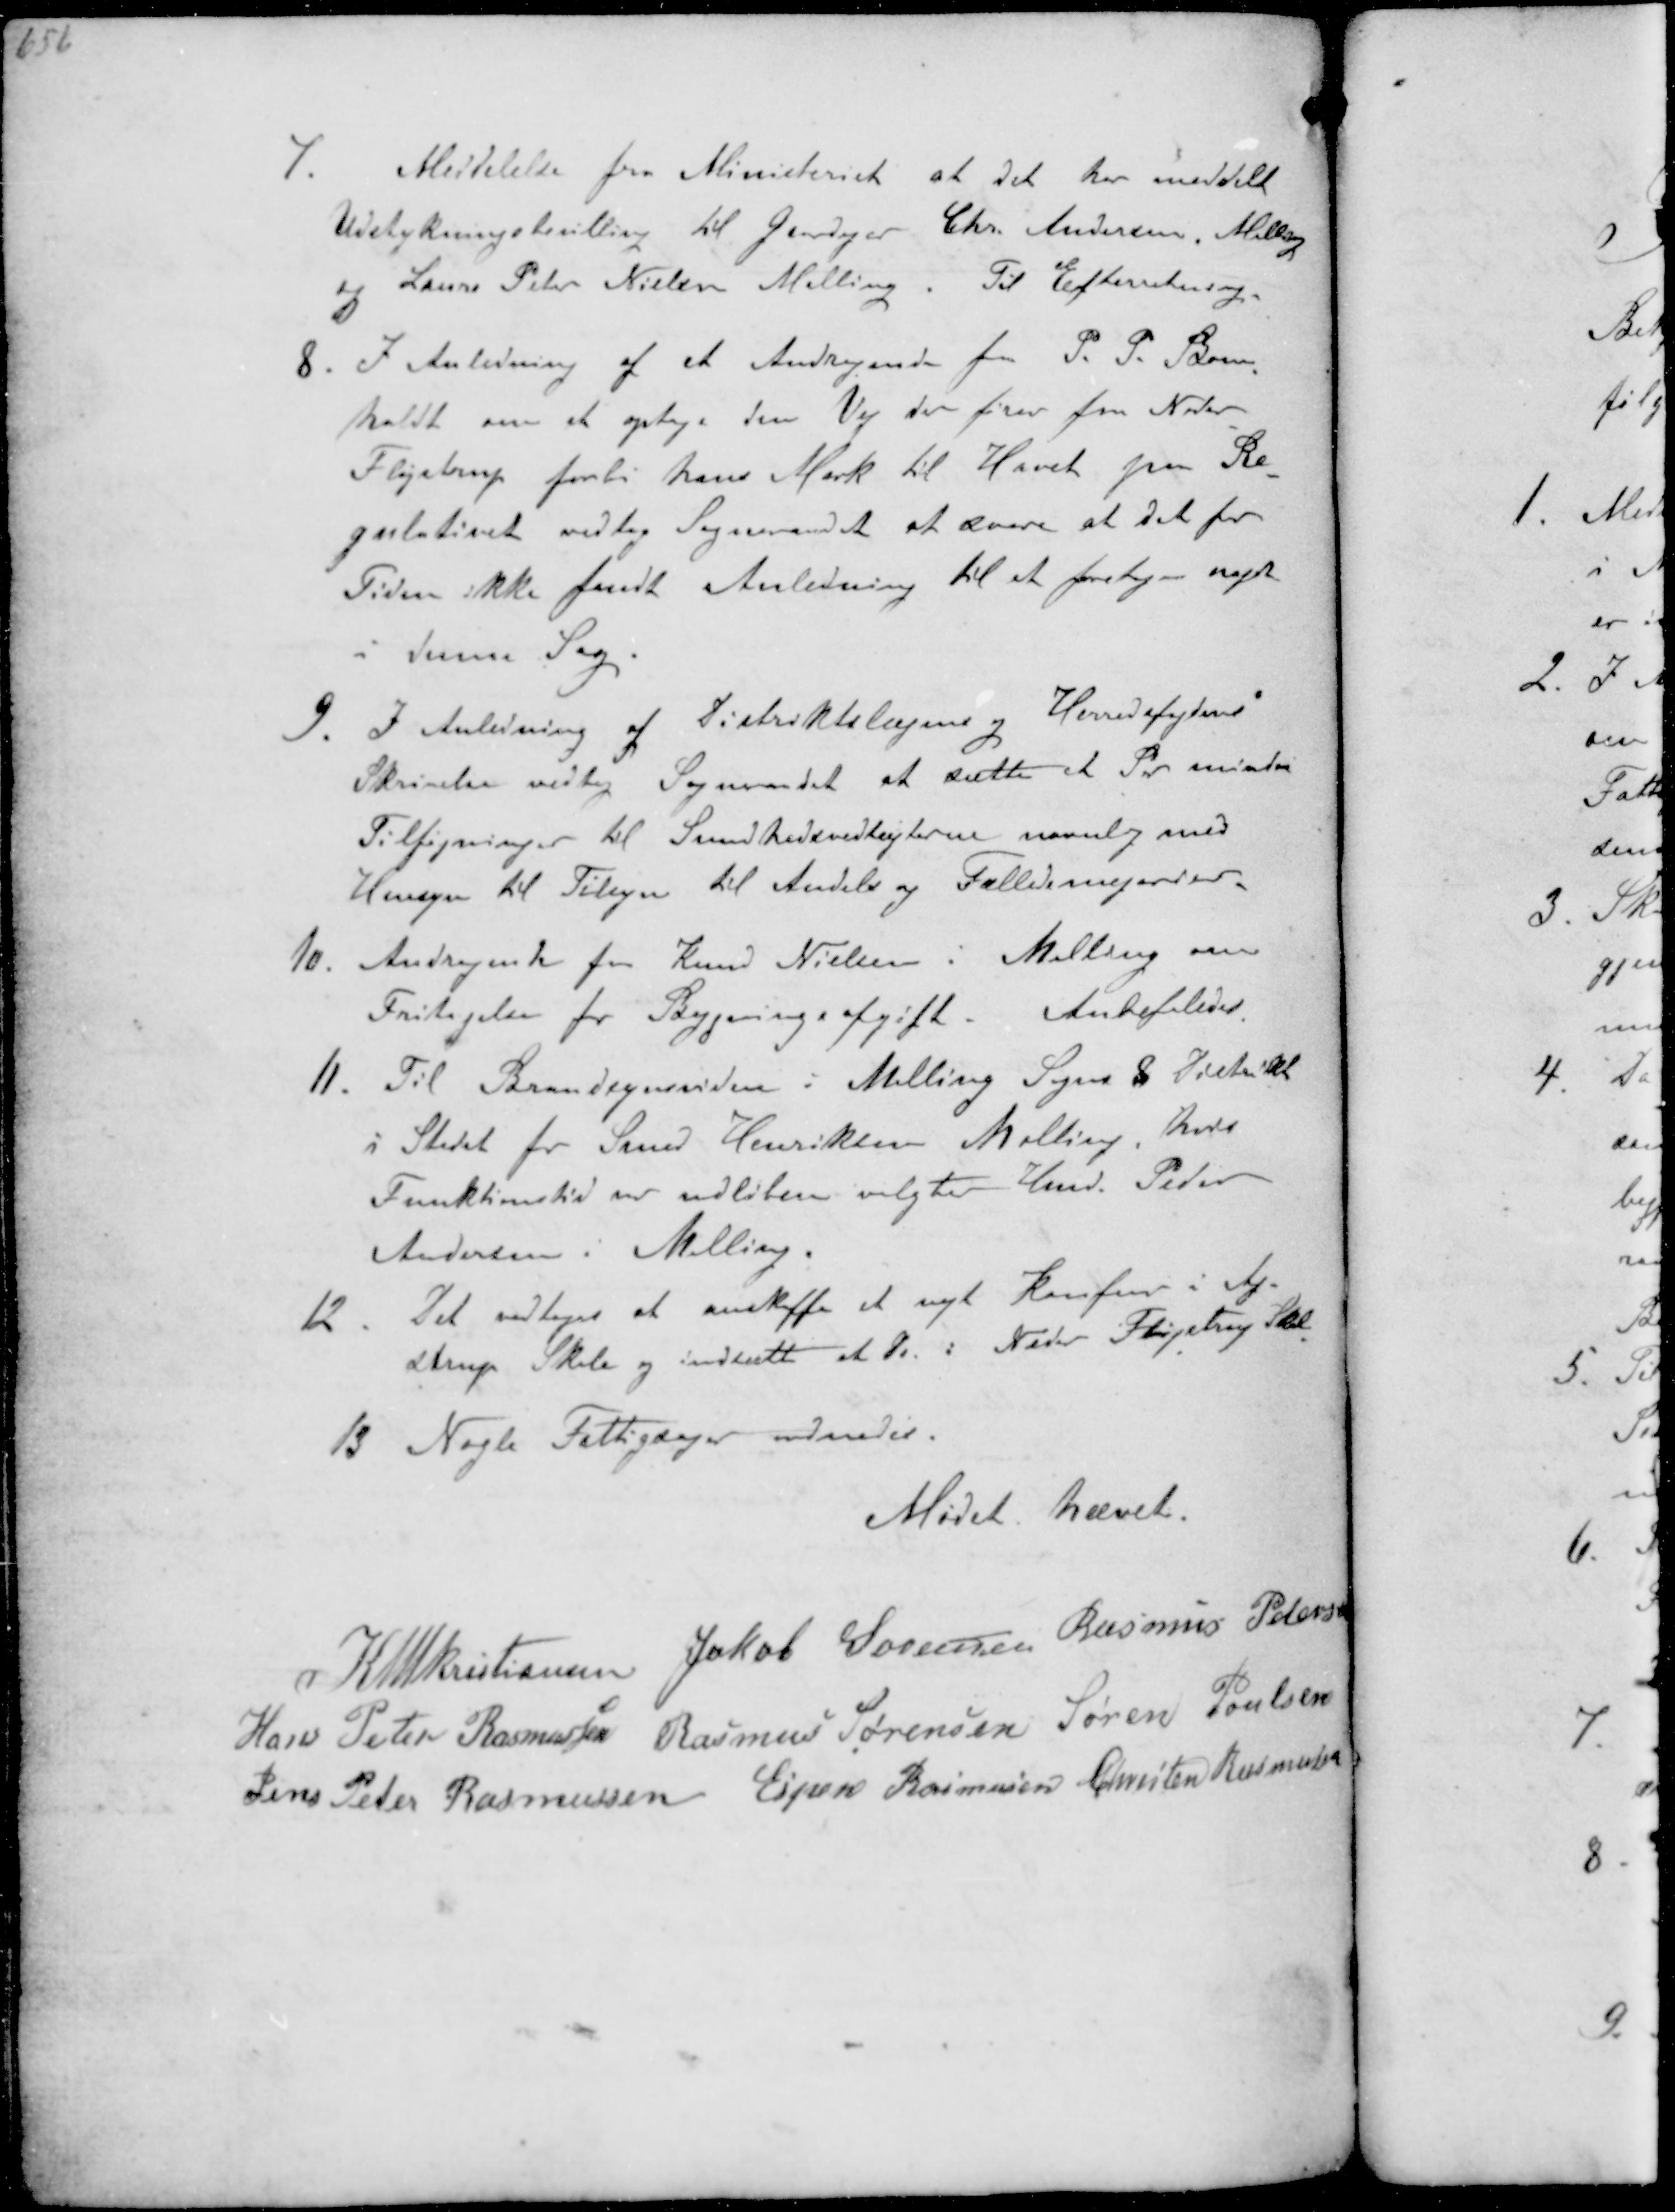
Transskription:
7. Meddelelse fra Ministeriet at det har meddelt
Udstykningsbevilling til Gaardejer Chr. Andersen Malling
og Laurs Peter Nielsen Malling. Til Efterretning
8. I Anledning af et Andragende fra P. P. Bom-
holdt om at optage den Vej der fører fra Neder
Fløjstrup forbi hans Mark til Havet paa Re-
gulativet vedtog Sogneraadet at svare at det for
Tiden ikke fandt Anledning til at foretage noget
denne Sag
9. I Anledning af Distriktslægen og Herredsfogdens
Skrivelse vedtog Sogneraadet at sætte et Par mindre
Tilføjninger til Sundhedsvedtægterne navnlig med
Hensyn til Tilsyn til Andels og Fællesmejerier.
10. Andragende for Knud Nielsen i Malling om
Fritagelse for Bygningsafgift. Anbefaledes
11. Til Brandsynsvidne i Malling Sogns 8 Distrikt
i Stedet for Smed Henriksen Malling, hvis
Funktionstid er udløben valgtes Hmd. Peter
Andersen i Malling.
12. Det vedtoges at anskaffe et nyt Komfur i Aj-
strup Skole og indsætte et do i Neder Fløjstrup Skole
13 Nogle Fattigdager ordnedes

Mødet hævet

K N M Kristiansen Jakob Sørensen Rasmus Pedersen
Hans Peter Rasmussen Rasmus Sørensen Søren Poulsen
Jens Peter Rasmussen Espen Rasmussen Christen Rasmussen